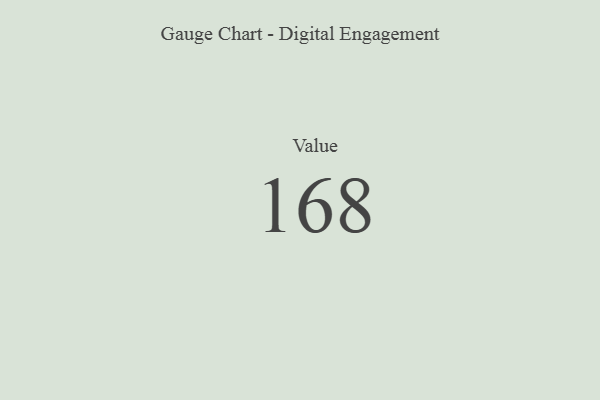
{"axis": {"x": "Metric", "y": "Value"}, "legend": [""], "data": [{"x": "Value", "y": 168, "type": ""}]}